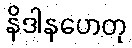
နိဒါနဟေတု